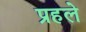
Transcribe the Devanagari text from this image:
प्रहले